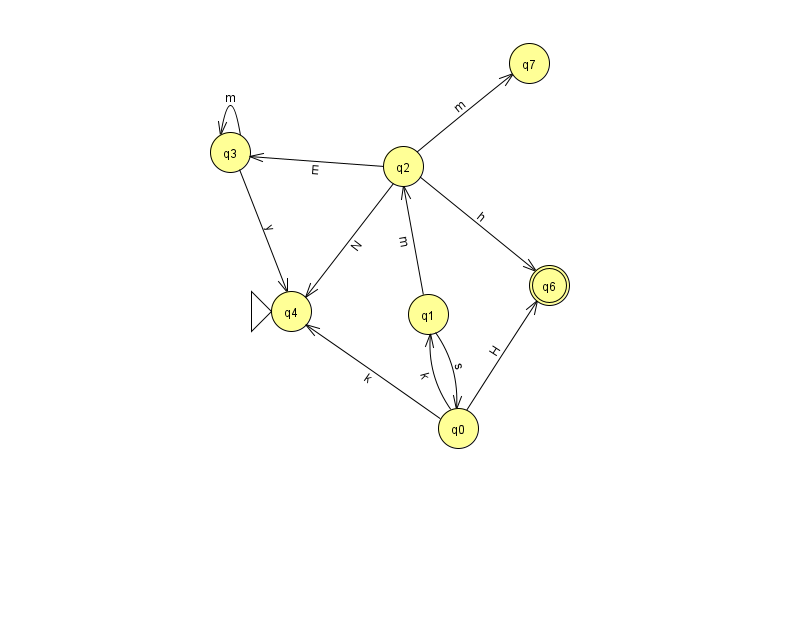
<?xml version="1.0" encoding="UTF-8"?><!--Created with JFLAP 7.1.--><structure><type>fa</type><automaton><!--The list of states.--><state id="0" name="q0"><x>458.0</x><y>415.0</y></state><state id="1" name="q1"><x>428.0</x><y>301.0</y></state><state id="2" name="q2"><x>403.0</x><y>153.0</y></state><state id="3" name="q3"><x>230.0</x><y>139.0</y></state><state id="4" name="q4"><x>291.0</x><y>298.0</y><initial/></state><state id="6" name="q6"><x>549.0</x><y>272.0</y><final/></state><state id="7" name="q7"><x>529.0</x><y>50.0</y></state><!--The list of transitions.--><transition><from>3</from><to>4</to><read>y</read></transition><transition><from>0</from><to>4</to><read>k</read></transition><transition><from>1</from><to>0</to><read>s</read></transition><transition><from>2</from><to>6</to><read>h</read></transition><transition><from>1</from><to>2</to><read>m</read></transition><transition><from>2</from><to>3</to><read>E</read></transition><transition><from>2</from><to>4</to><read>N</read></transition><transition><from>0</from><to>6</to><read>H</read></transition><transition><from>0</from><to>1</to><read>k</read></transition><transition><from>2</from><to>7</to><read>m</read></transition><transition><from>3</from><to>3</to><read>m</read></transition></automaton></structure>